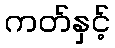
ကတ်နှင့်